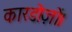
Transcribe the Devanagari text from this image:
कारडोज़ों।